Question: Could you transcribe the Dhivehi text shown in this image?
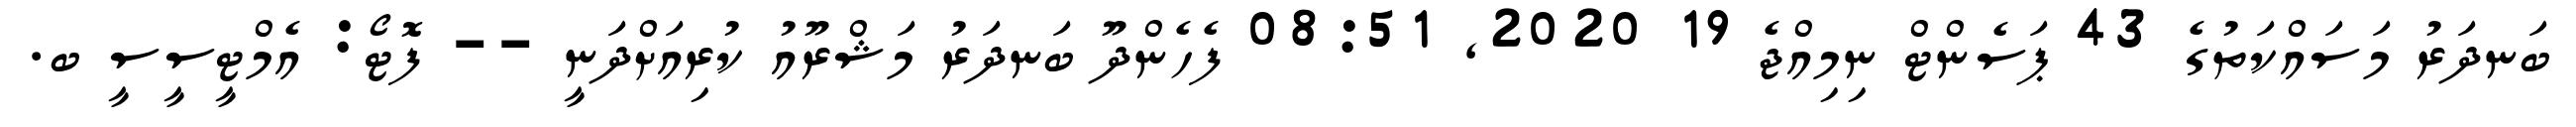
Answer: ބަނދަރު މަސައްކަތުގެ 43 ޕަސެންޓް ނިމިއްޖެ 19 2020, 08:51 ފެހެންދޫ ބަނދަރު މަޝްރޫއު ކުރިއަށްދަނީ -- ފޮޓޯ: އެމްޓީސީސީ ބ.